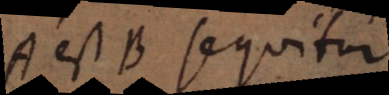
A est B sequitur